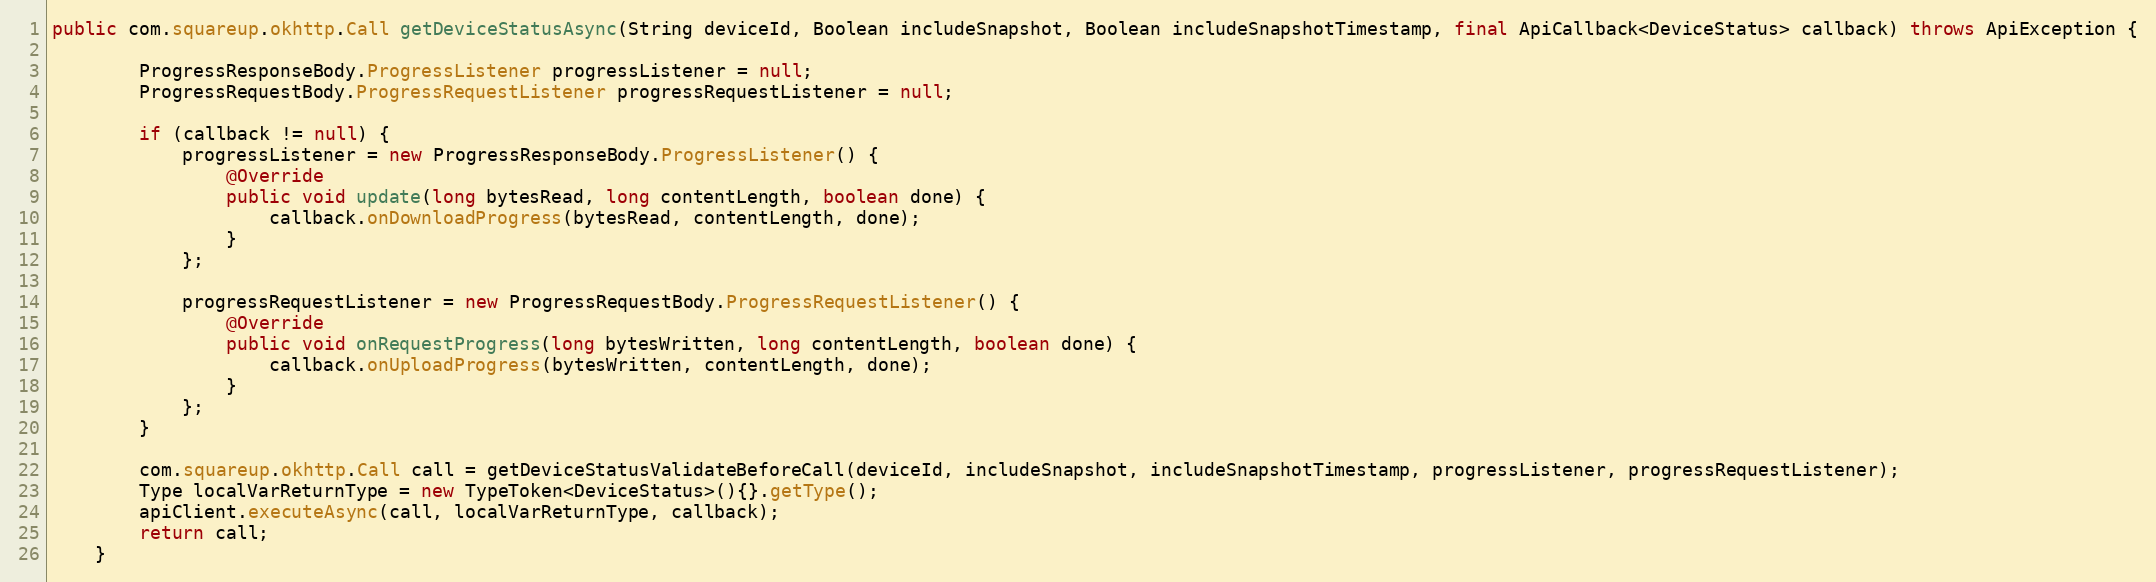
Language: Java
public com.squareup.okhttp.Call getDeviceStatusAsync(String deviceId, Boolean includeSnapshot, Boolean includeSnapshotTimestamp, final ApiCallback<DeviceStatus> callback) throws ApiException {

        ProgressResponseBody.ProgressListener progressListener = null;
        ProgressRequestBody.ProgressRequestListener progressRequestListener = null;

        if (callback != null) {
            progressListener = new ProgressResponseBody.ProgressListener() {
                @Override
                public void update(long bytesRead, long contentLength, boolean done) {
                    callback.onDownloadProgress(bytesRead, contentLength, done);
                }
            };

            progressRequestListener = new ProgressRequestBody.ProgressRequestListener() {
                @Override
                public void onRequestProgress(long bytesWritten, long contentLength, boolean done) {
                    callback.onUploadProgress(bytesWritten, contentLength, done);
                }
            };
        }

        com.squareup.okhttp.Call call = getDeviceStatusValidateBeforeCall(deviceId, includeSnapshot, includeSnapshotTimestamp, progressListener, progressRequestListener);
        Type localVarReturnType = new TypeToken<DeviceStatus>(){}.getType();
        apiClient.executeAsync(call, localVarReturnType, callback);
        return call;
    }